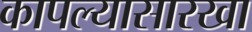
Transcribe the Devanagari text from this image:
कापल्यासारखा